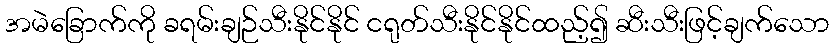
အမဲခြောက်ကို ခရမ်းချဉ်သီးနိုင်နိုင် ငရုတ်သီးနိုင်နိုင်ထည့်၍ ဆီးသီးဖြင့်ချက်သော